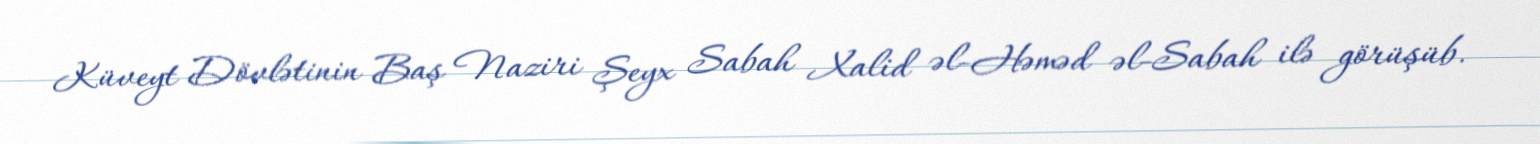
Küveyt Dövlətinin Baş Naziri Şeyx Sabah Xalid əl-Həməd əl-Sabah ilə görüşüb.